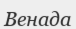
Венада